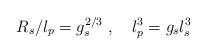
LaTeX: \begin{align*}R_s/l_p = g_s^{2/3}\ ,\quad l_p^3 = g_s l_s^3\end{align*}